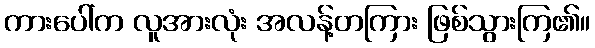
ကားပေါ်က လူအားလုံး အလန့်တကြား ဖြစ်သွားကြ၏။